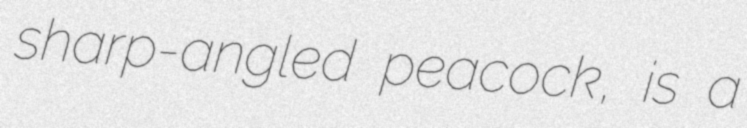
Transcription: sharp-angled peacock, is a